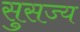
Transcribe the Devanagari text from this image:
सुसज्य